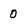
Character: 0